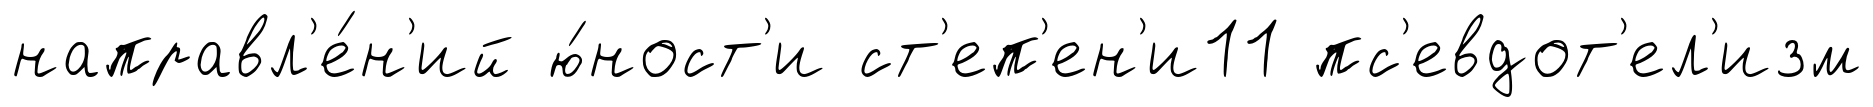
направл'е́н'ий ю́ност'и ст'еп'ен'и11 пс'евдот'ел'изм